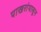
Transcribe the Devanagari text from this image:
पाखरांपासून